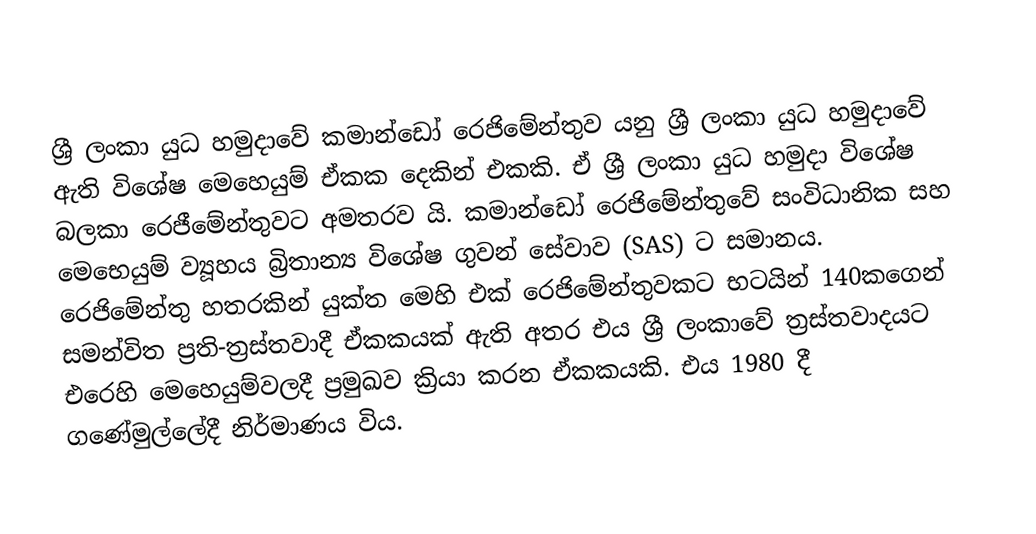
ශ්‍රී ලංකා යුධ හමුදාවේ කමාන්ඩෝ රෙජිමේන්තුව යනු ශ්‍රී ලංකා යුධ හමුදාවේ ඇති විශේෂ මෙහෙයුම් ඒකක දෙකින් එකකි. ඒ ශ්‍රී ලංකා යුධ හමුදා විශේෂ බලකා රෙජීමේන්තුවට අමතරව යි. කමාන්ඩෝ රෙජිමේන්තුවේ සංවිධානික සහ මෙභෙයුම් ව්‍යූහය බ්‍රිතාන්‍ය විශේෂ ගුවන් සේවාව (SAS) ට සමානය. රෙජිමේන්තු හතරකින් යුක්ත මෙහි එක් රෙජිමේන්තුවකට භටයින් 140කගෙන් සමන්විත ප්‍රති-ත්‍රස්තවාදී ඒකකයක් ඇති අතර එය ශ්‍රී ලංකාවේ ත්‍රස්තවාදයට එරෙහි මෙහෙයුම්වලදී ප්‍රමුඛව ක්‍රියා කරන ඒකකයකි. එය 1980 දී ගණේමුල්ලේදී නිර්මාණය විය.